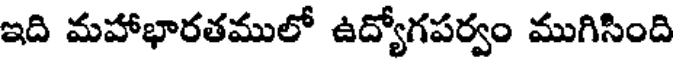
ఇది మహాభారతములో ఉద్యోగపర్వం ముగిసింది